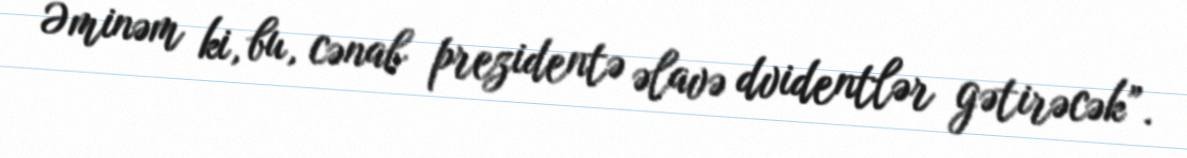
Əminəm ki, bu, cənab prezidentə əlavə dvidentlər gətirəcək”.